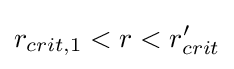
r_{crit,1}<r<r'_{crit}